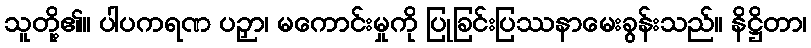
သူတို့၏။ ပါပကရဏ ပဉှာ၊ မကောင်းမှုကို ပြုခြင်းပြဿနာမေးခွန်းသည်။ နိဋ္ဌိတာ၊